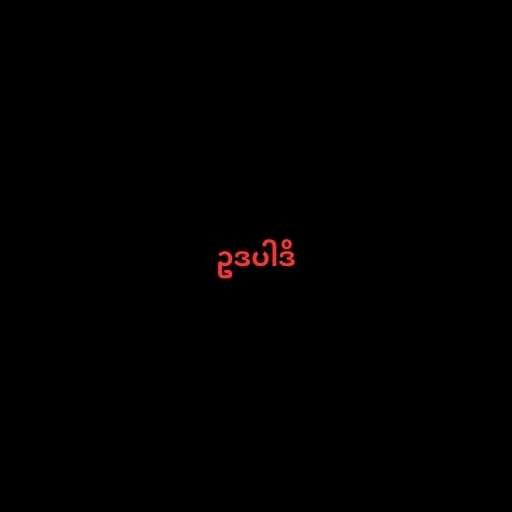
ဥဒပါဒိ